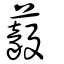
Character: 藙